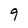
Character: g